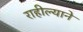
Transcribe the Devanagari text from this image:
राहील्याने